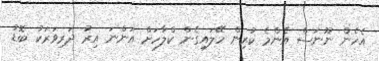
އެހެން ނޫނަސް އެންމެ ކުރިން ހޭލައިގެން ކްލާހަށް އަންނަ އިރު ދަރިވަރަކު ބޮޑު